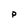
Character: p